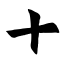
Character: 十